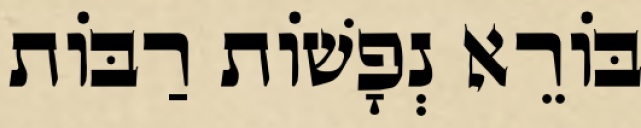
בּוֹרֵא נְפָשׁוֹת רַבּוֹת